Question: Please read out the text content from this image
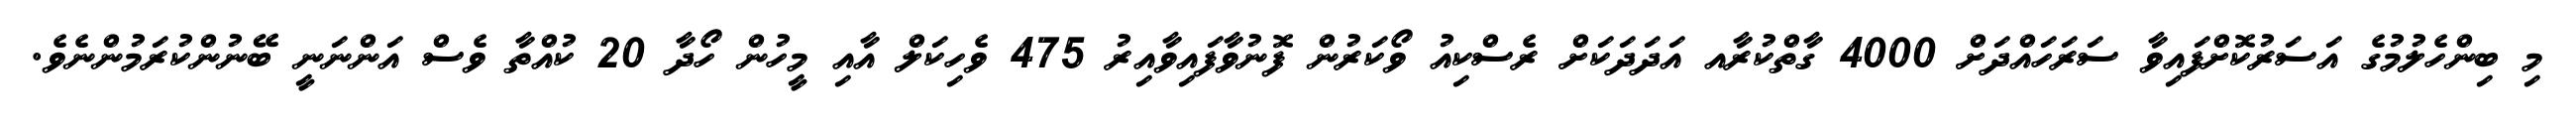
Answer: މި ބިންހެލުމުގެ އަސަރުކޮށްފައިވާ ސަރަހައްދަށް 4000 ގާތްކުރާއ އަދަދަކަށް ރެސްކިއު ވޯކަރުން ފޮނުވާފައިވާއިރު 475 ވެހިކަލް އާއި މީހުން ހޯދާ 20 ކުއްތާ ވެސް އަންނަނީ ބޭނުންކުރަމުންނެވެ.